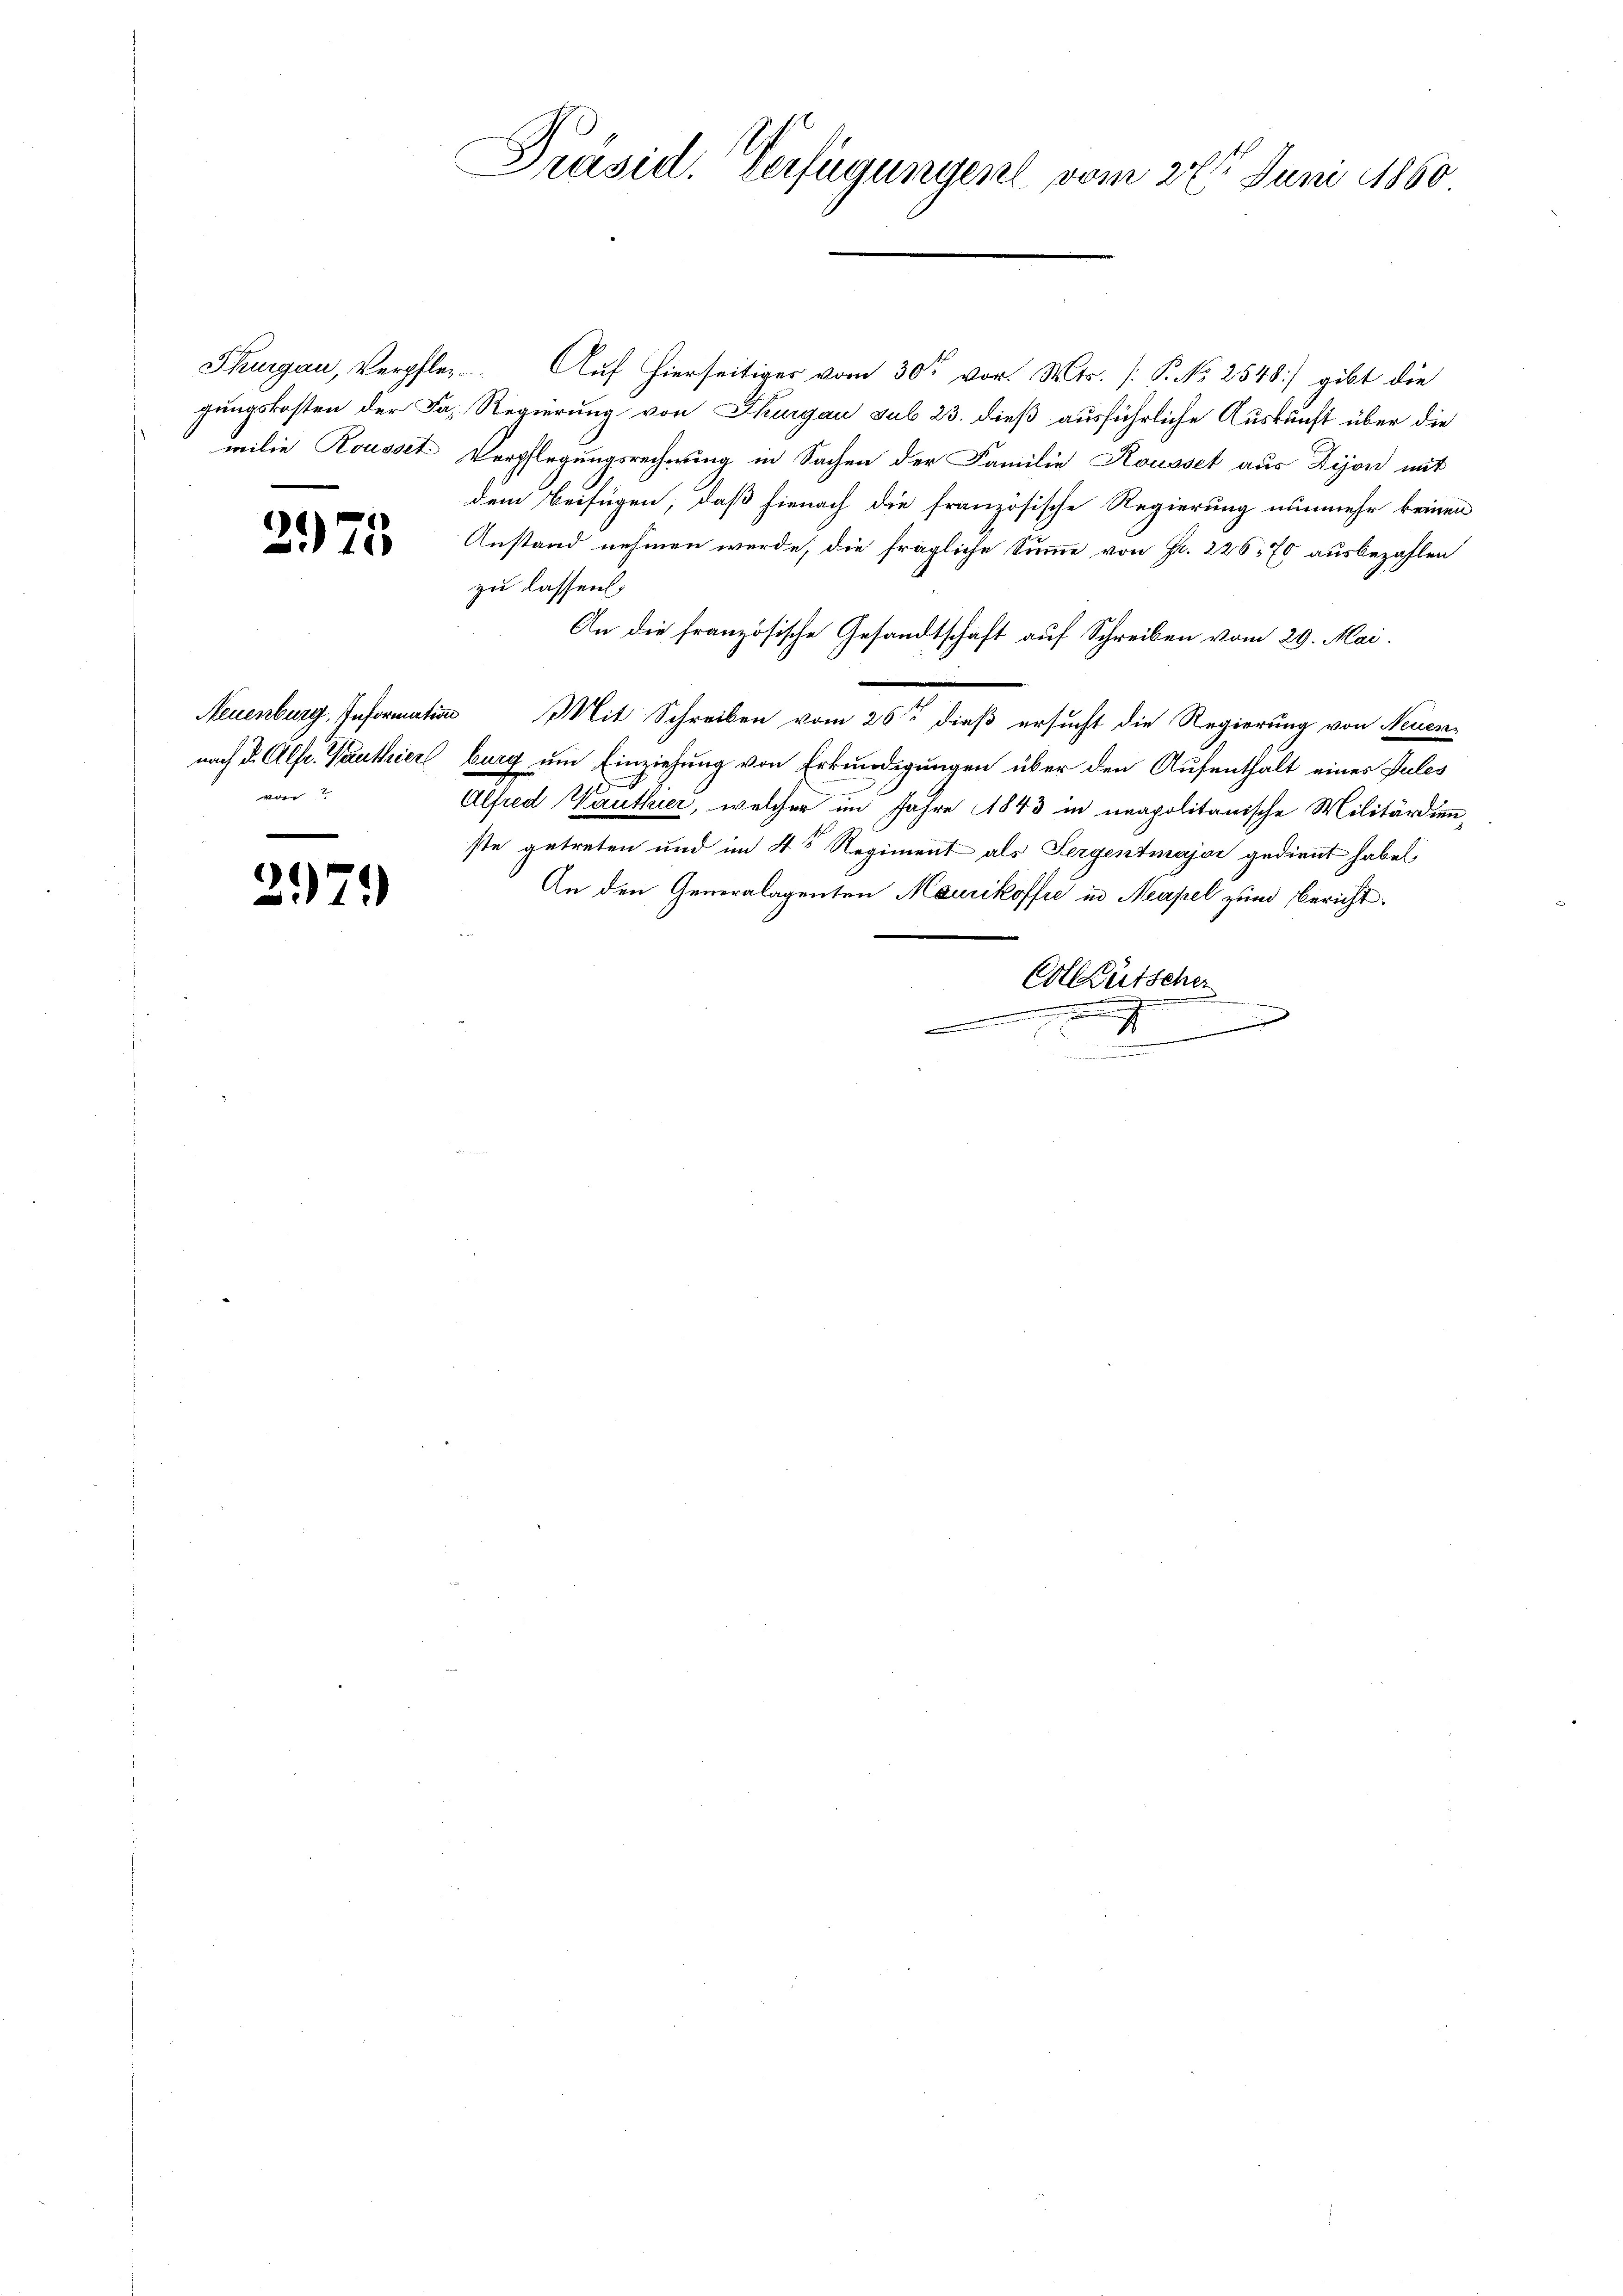
milie Rousset.

2975

Neuenburg, Informatio
nach Dr. Alfe. Panthier
v

2971)

Präsid. Verfügungen vom 26ten Juni 1860

Thurgau, Verpfler Auf hierseitiger vom 30t vor. Mts. [P. No 2548) gibt die
gungskosten der das Regierung von Thurgau sub 23. dieß ausführliche Auskunft über die
Verpflegungsrecherung in Sachen der Familie Rousset aus Dijon mit
dem Beifügen, daß hienach die französische Regierung nunmehr keinen
Anstand nehmen werde, die fragliche Summe von Fr. 226, 70 ausbezahlen
zu lassen.
An die französische Gesandtschaft auf Schreiben vom 29. Mai.
in Mit Schreiben vom 26ten dieß ersucht die Regierung von Neuen-
burg um Einziehung von Erkundigungen über den Aufenthalt eines Pules
Alfred Wauther, welcher im Jahre 1843 in neapolitanische Militärdien,
ste getreten und im 4t Regiment als Sergentmajor gedient habe,
An den Generalagenten Maurikoffre in Neapel zum Bericht
Colletscher
.
.
2
x